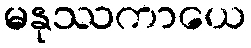
မနုဿကာယေ